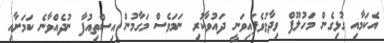
އެކަމާއި ގުޅިގެން މަހުލޫފް ވިދާޅުވެފައިވަނީ ދައުވާކުރި ނަމަވެސް މަގާމުން އިސްތިއުފާ ނުދެއްވާނެ ކަމަށާއި